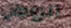
الزوجان